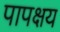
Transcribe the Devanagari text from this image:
पापक्षय